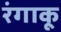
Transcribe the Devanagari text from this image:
रंगाकू